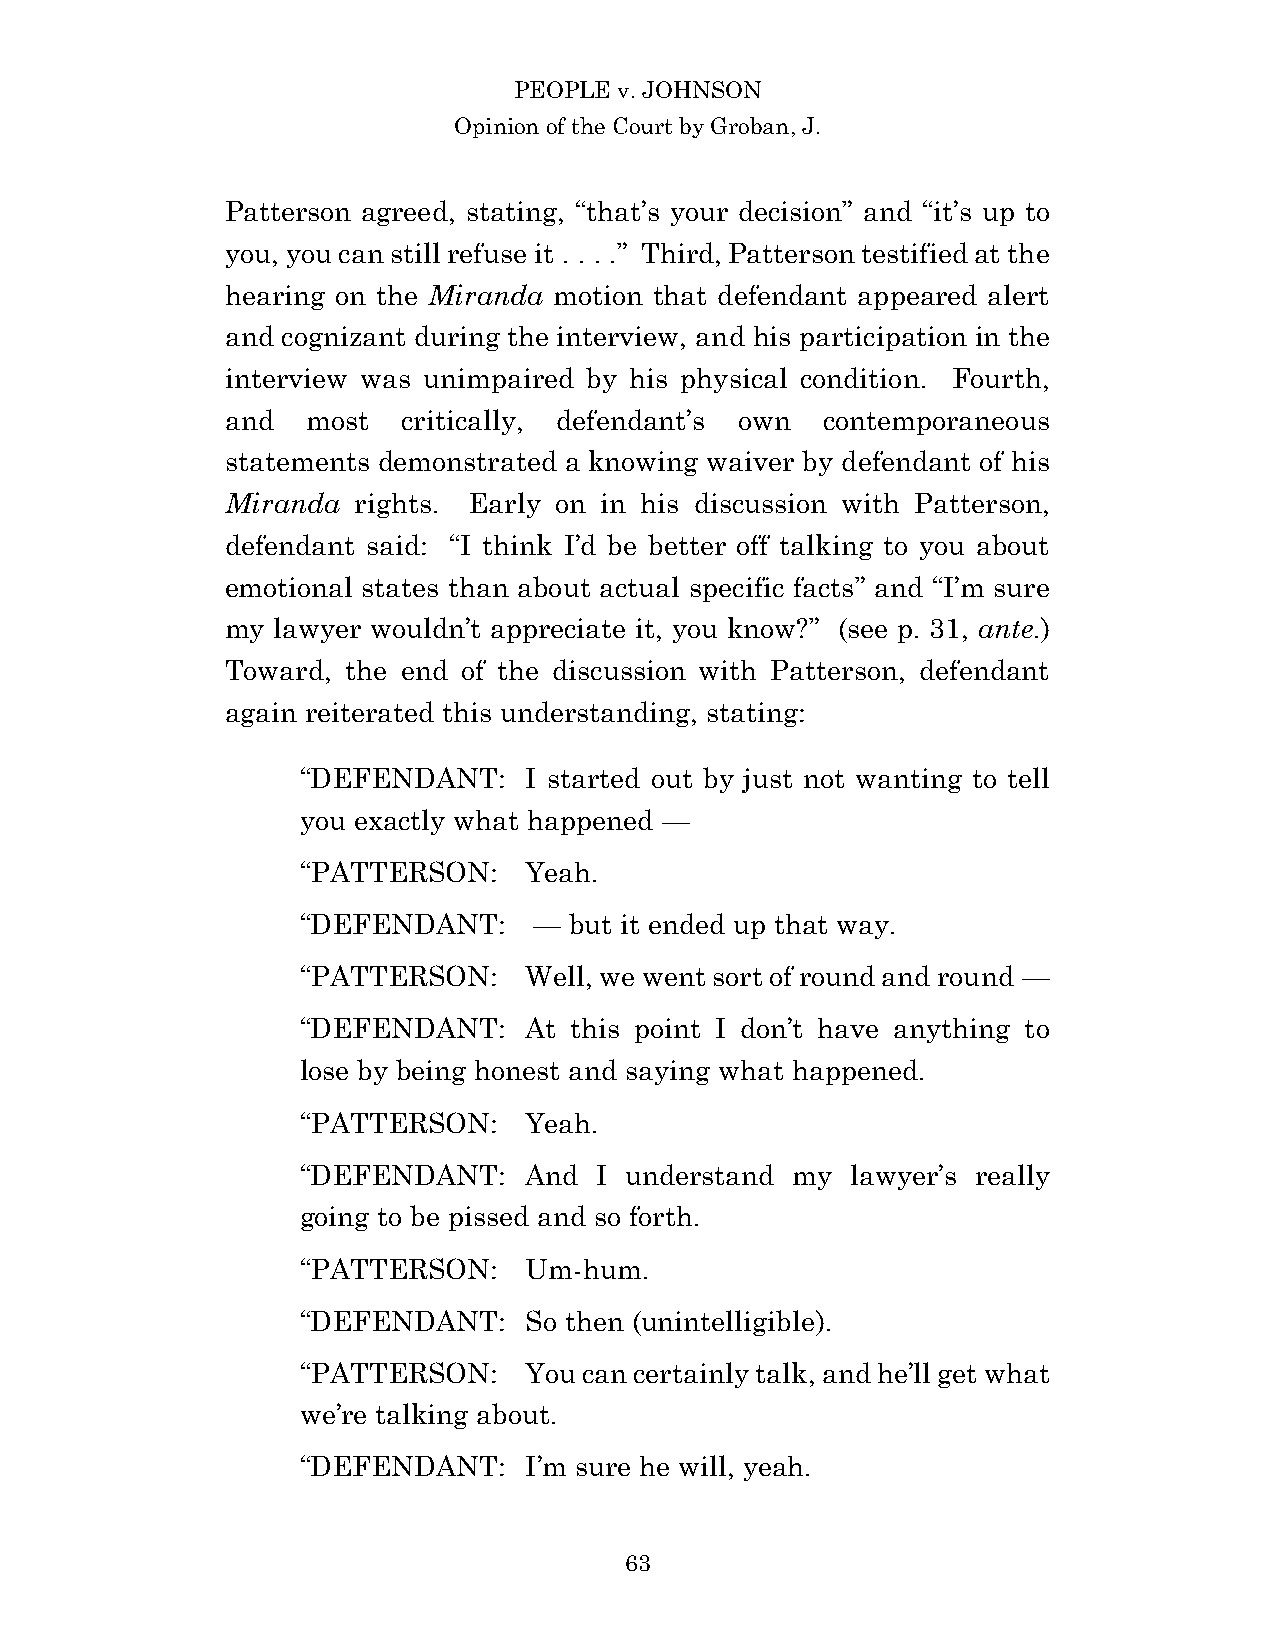
PEOPLE v. JOHNSON
 Opinion of the Court by Groban, J.
 Patterson agreed, stating, “that’s your decision” and “it’s up to
 you, you can still refuse it . . . .” Third, Patterson testified at the
 hearing on the Miranda motion that defendant appeared alert
 and cognizant during the interview, and his participation in the
 interview was unimpaired by his physical condition. Fourth,
 and  most   critically, defendant’s own contemporaneous
 statements demonstrated a knowing waiver by defendant of his
 Miranda rights. Early on in his discussion with Patterson,
 defendant said: “I think I’d be better off talking to you about
 emotional states than about actual specific facts” and “I’m sure
 my lawyer wouldn’t appreciate it, you know?” (see p. 31, ante.)
 Toward, the end of the discussion with Patterson, defendant
 again reiterated this understanding, stating:
 “DEFENDANT:    I started out by just not wanting to tell
 you exactly what happened —
 “PATTERSON:    Yeah.
 “DEFENDANT:    —  but it ended up that way.
 “PATTERSON:    Well, we went sort of round and round —
 “DEFENDANT:    At this point I don’t have anything to
 lose by being honest and saying what happened.
 “PATTERSON:    Yeah.
 “DEFENDANT:    And I understand my  lawyer’s really
 going to be pissed and so forth.
 “PATTERSON:    Um-hum.
 “DEFENDANT:    So then (unintelligible).
 “PATTERSON:    You can certainly talk, and he’ll get what
 we’re talking about.
 “DEFENDANT:    I’m sure he will, yeah.
 6 3